NAE_ERA_R-2324_Eesti_Vabariigi_Pohiseaduslik_Assamblee, lk 30
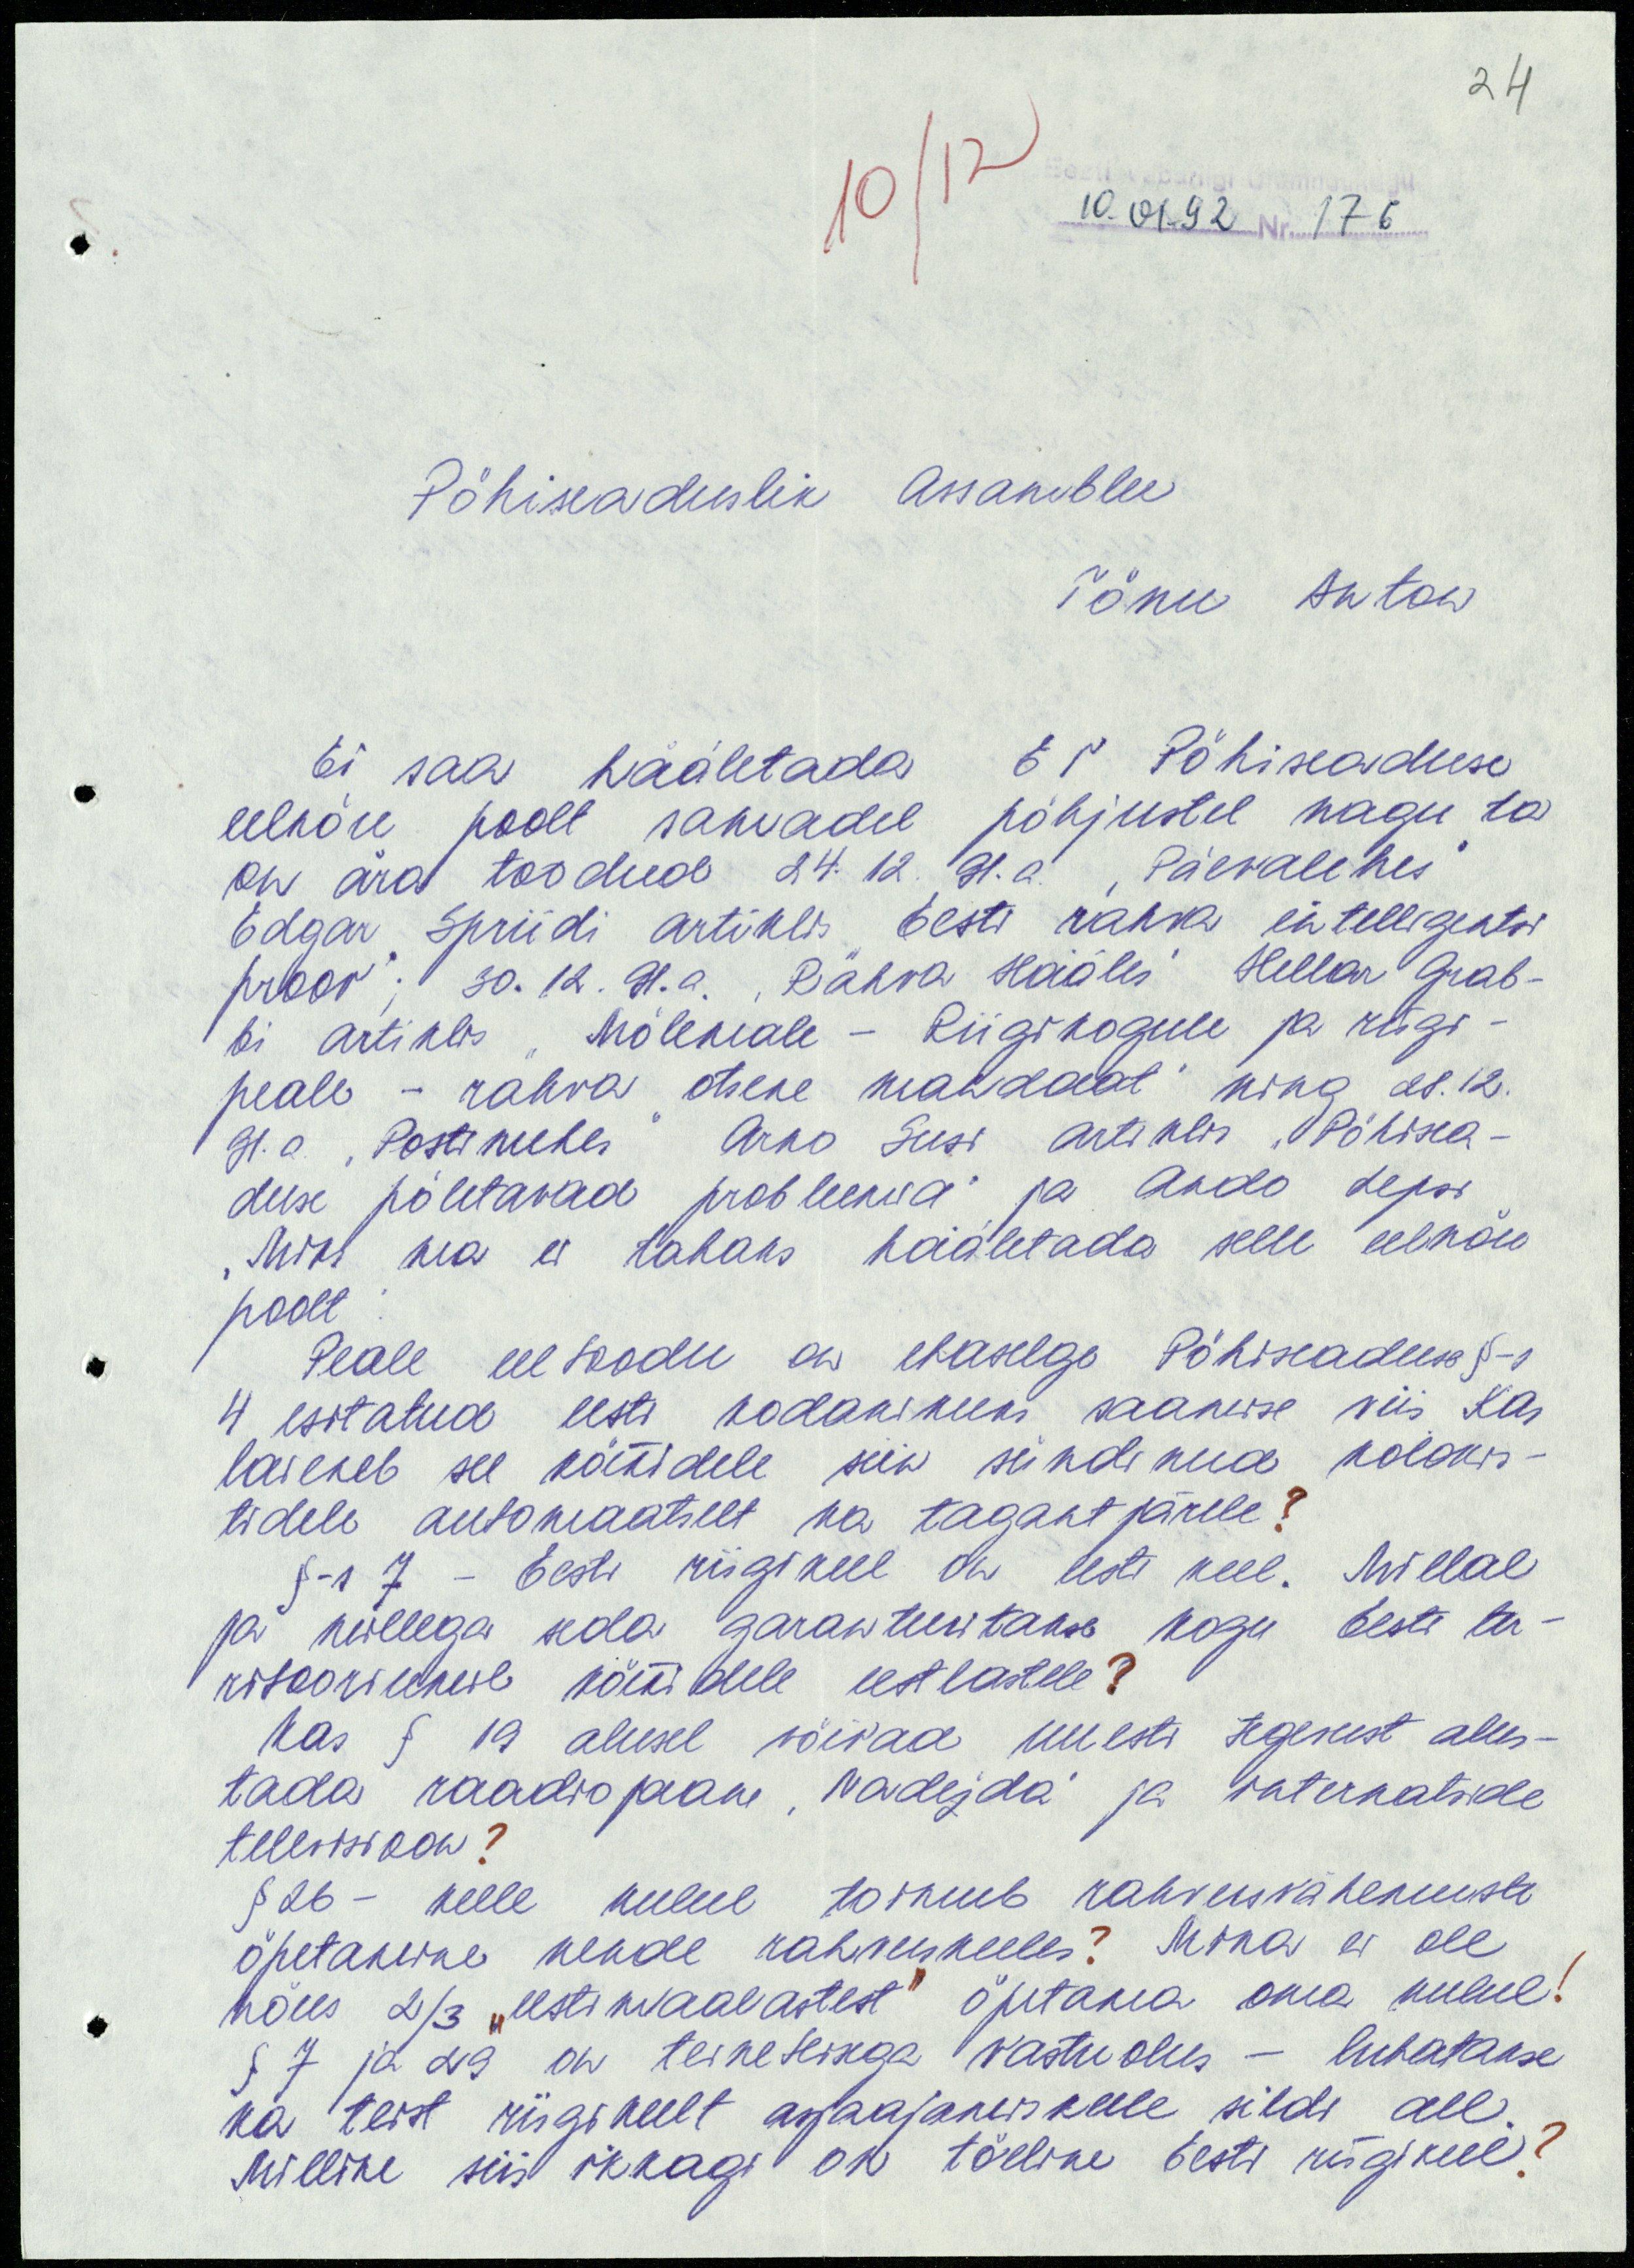
24
10/12
10.01.92 Nr. 176
Põhiseaduslik Assamblee
Tõnu Anton
Ei saa hääletada EV Põhiseaduse
eelnõu poolt samadel põhjustel nagu ta
on ära toodud 24.12.91.a. "Päevalehes"
Edgar Spriidi artiklis "Eesti rahva intelligentsi
proov"; 30.12.91.a. "Rahva Hääles" Hellar Grab-
bi artiklis "Mõlemale - Riigikogule ja riigi-
peale - rahva otsene mandaat" ning 28.12.
91.a "Postimehes" Arno Susi artiklis "Põhisea-
duse põletavad probleemid" ja Ando Lepsi
"Miks ma ei tahaks hääletada selle eelnõu
poolt".
Peale eeltoodu on ebaselge Põhiseaduse §-s
4 esitatud eesti kodanikuks saamise viis. Kas
laieneb see kõikidele siin sündinud kolonis-
tidele automaatselt ka tagantjärele?
§-s 7 - Eesti riigikeel on eesti keel. Millal
ja millega seda garanteeritakse kogu Eesti ter-
ritooriumil kõikidele eestlastele?
Kas § 19 alusel võivad uuesti tegevust alus-
tada raadiojaam "Nadežda" ja internatside
televisioon?
§ 26 - kelle kulul toimub rahvusvähemuste
õpetamine nende rahvuskeeles? Mina ei ole
nõus 2/3 "eestimaalastest" õpetama oma kulul!
§ 7 ja 29 on teineteisega vastuolus - lubatakse
ka teist riigikeelt asjaajamiskeele sildi all.
Milline siis ikkagi on tõeline Eesti riigikeel?